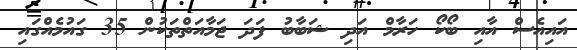
އައިއެސް އާއި ބޯކޯ ހަރާމް އަދި ޝަބާބު ފަދަ ޖަމާއަތްތަކުން 35 ގައުމެއްގައި